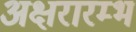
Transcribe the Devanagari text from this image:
अक्षरारम्भ